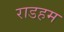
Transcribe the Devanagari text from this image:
राडहम